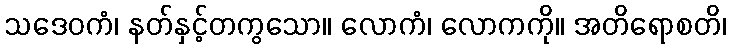
သဒေဝကံ၊ နတ်နှင့်တကွသော။ လောကံ၊ လောကကို။ အတိရောစတိ၊